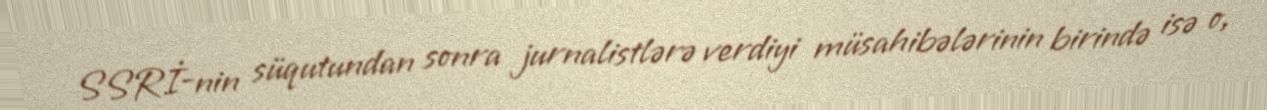
SSRİ-nin süqutundan sonra jurnalistlərə verdiyi müsahibələrinin birində isə o,